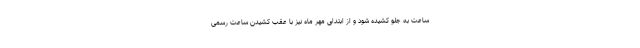
ساعت به جلو کشیده شود و از ابتدای مهر ماه نیز با عقب کشیدن ساعت رسمی